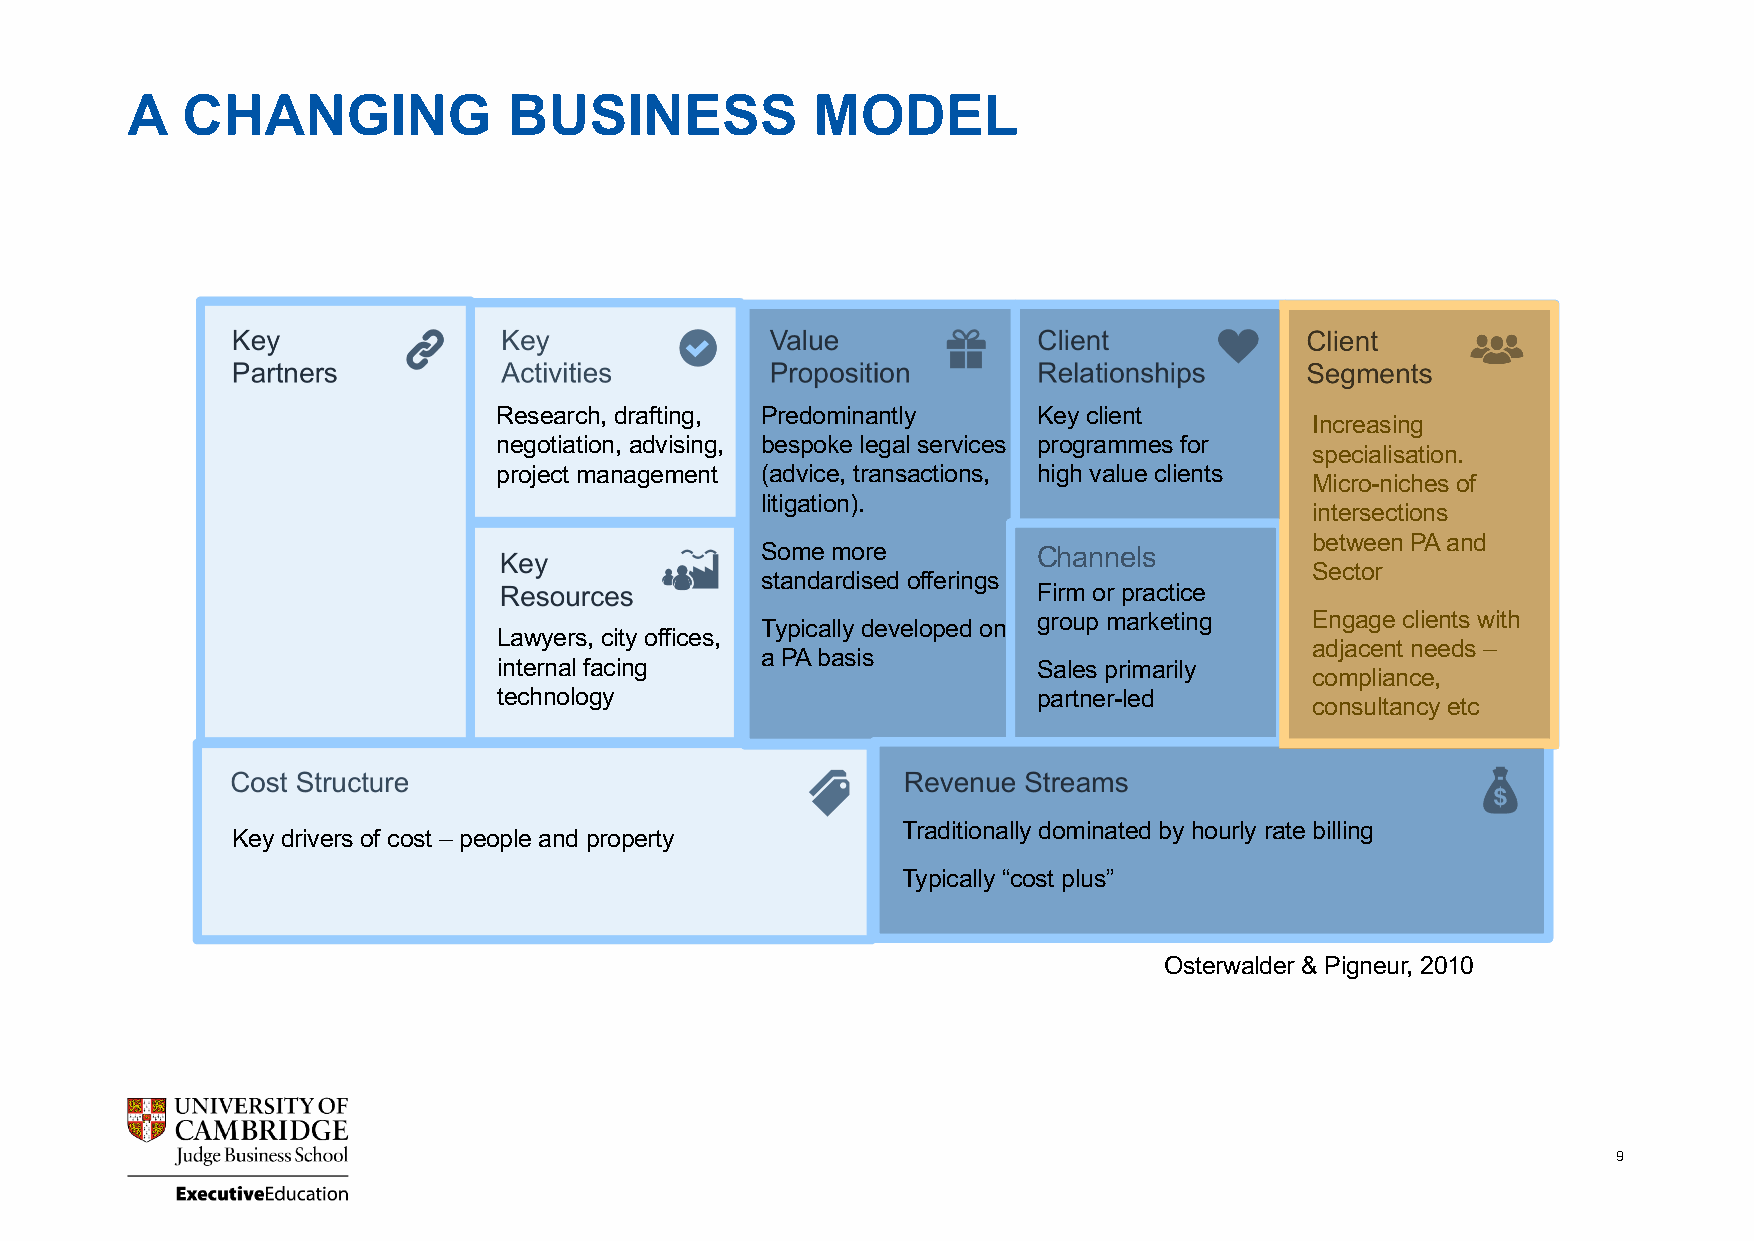
A   CHANGING              BUSINESS            MODEL
 Research, drafting, Predominantly   Key client
 Increasing
 Primarily
 negotiation, advising, bespoke legal services programmes for
 specialisation.
 businesses
 project management (advice, transactions, high value clients
 Micro-niches of
 litigation).
 inOteftresne csteiognms ented
 bbeytw inedeuns PtrAy and
 Some more          Channels
 Sseecctotorr, geography
 standardised offerings
 Firm or practice   and organisation
 Typically developed on
 group marketing   E sn ig zeage clients with
 Lawyers, city offices,
 adjacent needs –
 a PA basis
 internal facing                     Sales primarily
 compliance,
 technology                          partner-led
 consultancy etc
 Traditionally dominated by hourly rate billing
 Key drivers of cost – people and property
 Typically “cost plus”
 Osterwalder & Pigneur, 2010
 9